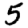
Digit: 5